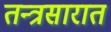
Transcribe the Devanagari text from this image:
तन्त्रसारात